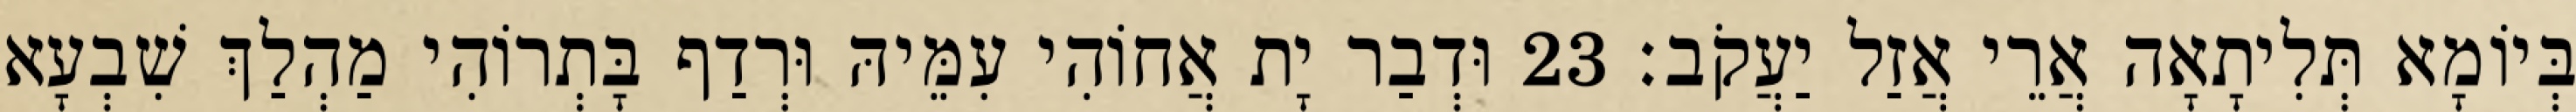
בְּיוֹמָא תְּלִיתָאָה אֲרֵי אֲזַל יַעֲקֹב׃ 23 וּדְבַר יָת אֲחוֹהִי עִמֵּיהּ וּרְדַף בָּתְרוֹהִי מַהְלַךְ שִׁבְעָא